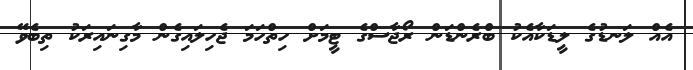
އެއް ލަނޑުގެ ލީޑަކާއެކު ބްރެންޑަން ރޯޖާސްގެ ޓީމަށް ހިތްހަމަ ޖެހިލައިގެން މާގިނައިރަކު ތިބެވޭ